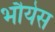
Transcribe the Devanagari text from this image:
भौयेस